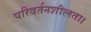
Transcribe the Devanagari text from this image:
परिवर्तनशीलता।